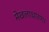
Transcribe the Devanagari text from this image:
मेखलाधारण।